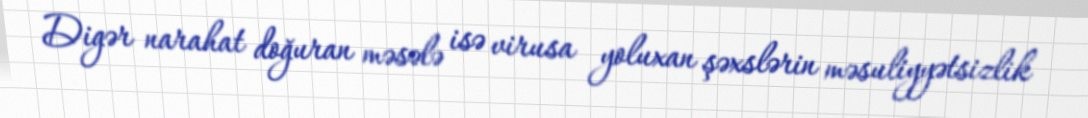
Digər narahat doğuran məsələ isə virusa yoluxan şəxslərin məsuliyyətsizlik